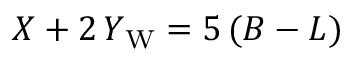
X + 2 \, Y _ { \mathrm { W } } = 5 \, ( B - L )